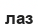
лаз